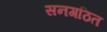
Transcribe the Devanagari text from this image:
सनगठित